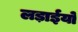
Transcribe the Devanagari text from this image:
लड़ाईयो